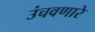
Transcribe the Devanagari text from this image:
उंचवणारे